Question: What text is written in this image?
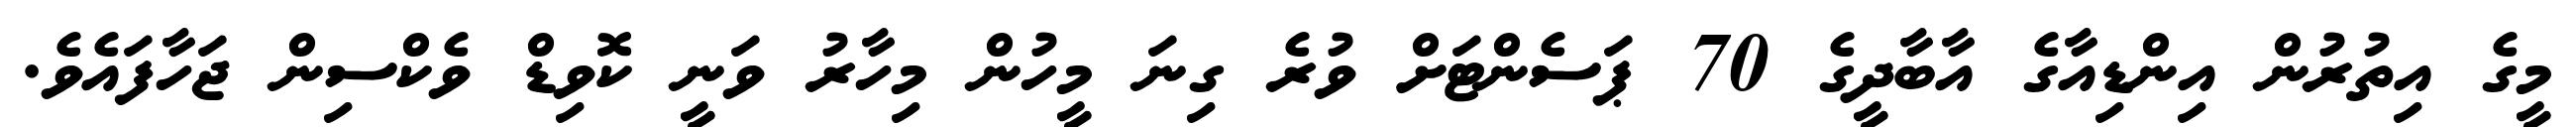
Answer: މީގެ އިތުރުން އިންޑިއާގެ އާބާދީގެ 70 ޕަސެންޓަށް ވުރެ ގިނަ މީހުން މިހާރު ވަނީ ކޮވިޑް ވެކްސިން ޖަހާފައެވެ.